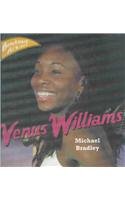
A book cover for Venus Williams (Benchmark All-Stars); Michael Bradley; Children's Books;